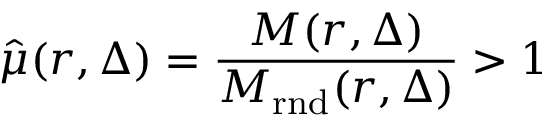
\hat { \mu } ( r , \Delta ) = \frac { M ( r , \Delta ) } { M _ { \mathrm { r n d } } ( r , \Delta ) } > 1